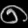
Digit: ၈